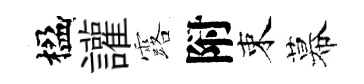
楹讙露附束幕